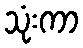
သုံးကာ